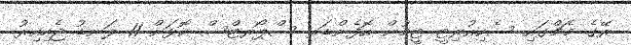
ރޭގެ މެޗްގައި ސެކިއުރިޓީ ޓީމުން އޮފެންޑަރ ސްޕޯރޓްސް ކޮޅަށް 11 ލަނޑު ޖެހިއިރު